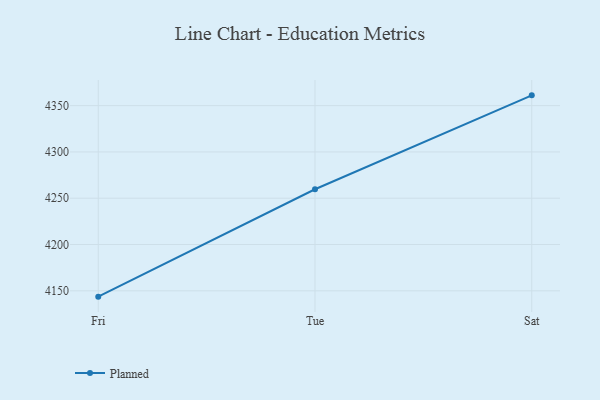
{"axis": {"x": "Day", "y": "LTV (USD)"}, "legend": ["Planned"], "data": [{"x": "Fri", "y": 4143.7, "type": "Planned"}, {"x": "Tue", "y": 4259.7, "type": "Planned"}, {"x": "Sat", "y": 4361.1, "type": "Planned"}]}